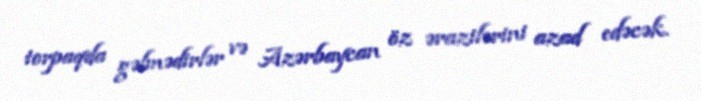
torpaqda gəlmədirlər və Azərbaycan öz ərazilərini azad edəcək.